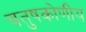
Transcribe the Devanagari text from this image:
चतुषकोणीय